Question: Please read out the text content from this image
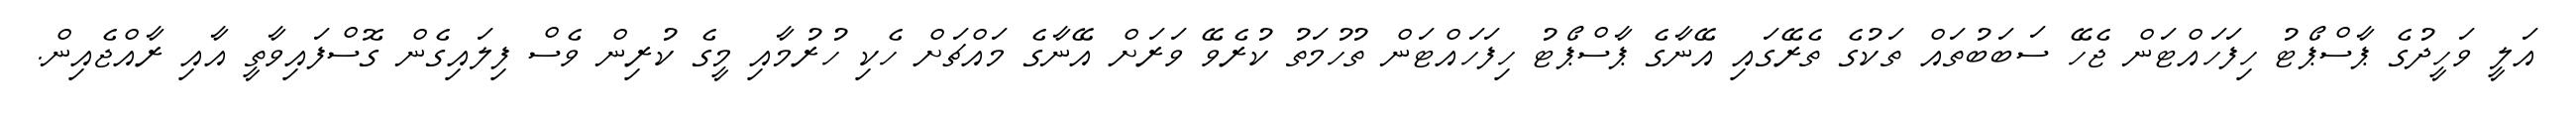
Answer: އަލީ ވަހީދުގެ ޕާސްޕޯޓު ހިފަހައްޓަން ޖެހޭ ސަބަބުތައް ތަކުގެ ތެރޭގައި އޭނާގެ ޕާސްޕޯޓު ހިފަހައްޓަން ތުހުމަތު ކުރެވޭ ވަރަށް އޭނާގެ މައްޗަށް ހެކި ހުރުމާއި މީގެ ކުރިން ވެސް ފިލައިގެން ގޮސްފައިވާތީ އާއި ރާއްޖެއިން.